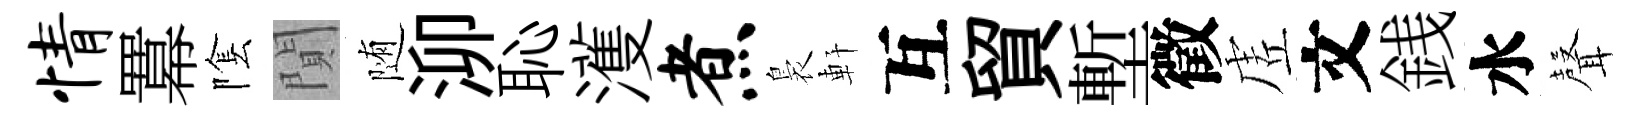
情羃隂閴随泖恥濩煮裊軒互貿塹徵虗文銭水𮋻